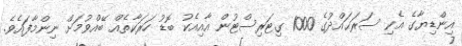
އިންޑިޔާގެ އެކި ސަރަޙައްދުގެ 1000 ގިޓަރިސްޓުން އާއިއެކު ބޮޑު ހަރަކާތެއް ބޭއްވުމަށް ނިންމާފައެވެ.